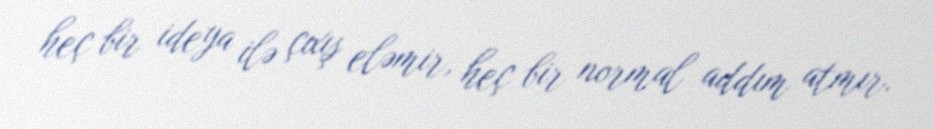
heç bir ideya ilə çıxış eləmir, heç bir normal addım atmır.